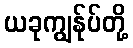
ယခုကျွန်ုပ်တို့